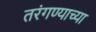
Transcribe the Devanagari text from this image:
तरंगण्याच्या